Treatise on elephants
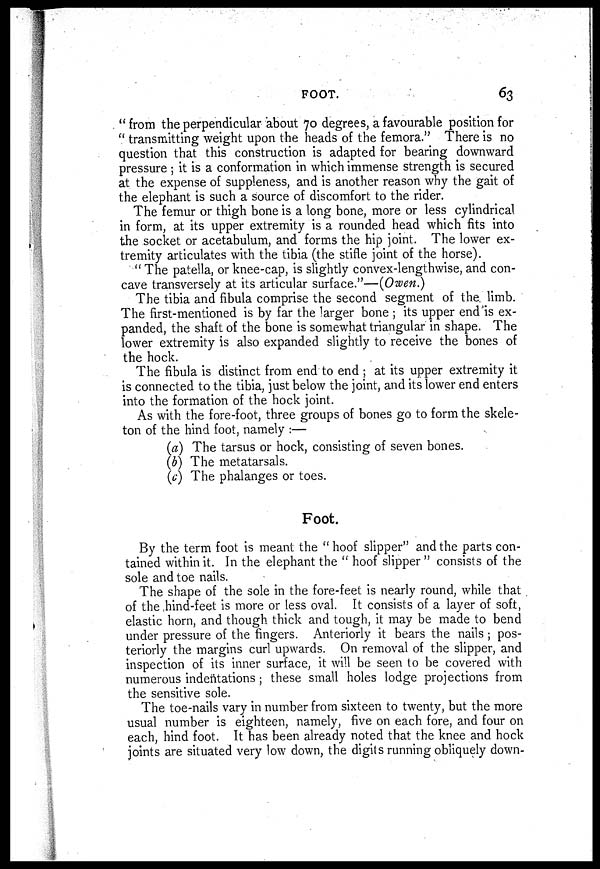
FOOT.
63
" from the perpendicular about 70 degrees, a favourable position for
" transmitting weight upon the heads of the femora." There is no
question that this construction is adapted for bearing downward
pressure ; it is a conformation in which immense strength is secured
at the expense of suppleness, and is another reason why the gait of
the elephant is such a source of discomfort to the rider.
The femur or thigh bone is a long bone, more or less cylindrical
in form, at its upper extremity is a rounded head which fits into
the socket or acetabulum, and forms the hip joint. The lower ex-
tremity articulates with the tibia (the stifle joint of the horse).
" The patella, or knee-cap, is slightly convex-lengthwise, and con-
cave transversely at its articular surface."—(Owen.)
The tibia and fibula comprise the second segment of the limb.
The first-mentioned is by far the larger bone ; its upper end is ex-
panded, the shaft of the bone is somewhat triangular in shape. The
lower extremity is also expanded slightly to receive the bones of
the hock.
The fibula is distinct from end to end ; at its upper extremity it
is connected to the tibia, just below the joint, and its lower end enters
into the formation of the hock joint.
As with the fore-foot, three groups of bones go to form the skele-
ton of the hind foot, namely :—
(a) The tarsus or hock, consisting of seven bones.
(b) The metatarsals.
(c) The phalanges or toes.
Foot.
By the term foot is meant the " hoof slipper" and the parts con-
tained within it. In the elephant the " hoof slipper " consists of the
sole and toe nails.
The shape of the sole in the fore-feet is nearly round, while that
of the hind-feet is more or less oval. It consists of a layer of soft,
elastic horn, and though thick and tough, it may be made to bend
under pressure of the fingers. Anteriorly it bears the nails ; pos-
teriorly the margins curl upwards. On removal of the slipper, and
inspection of its inner surface, it will be seen to be covered with
numerous indentations ; these small holes lodge projections from
the sensitive sole.
The toe-nails vary in number from sixteen to twenty, but the more
usual number is eighteen, namely, five on each fore, and four on
each, hind foot. It has been already noted that the knee and hock
joints are situated very low down, the digits running obliquely down-